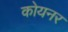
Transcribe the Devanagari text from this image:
कोयनर